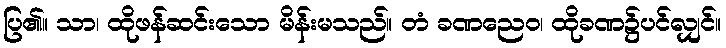
ပြ၏။ သာ၊ ထိုဖန်ဆင်းသော မိန်းမသည်။ တံ ခဏညေဝ၊ ထိုခဏ၌ပင်လျှင်။